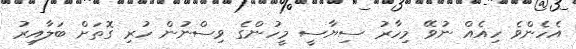
އެހެންވެ ހިއެއް ނުވޭ މިހާރު ސިޔާސީ މީހުންގެ ވިސްނުން ހުރި ގޮތަށް ބަލާއިރު